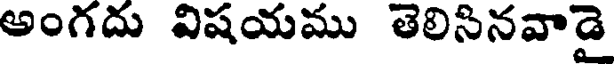
అంగదు విషయము తెలిసినవాడై